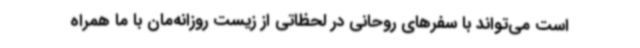
است می‌تواند با سفرهای روحانی در لحظاتی از زیست روزانه‌مان با ما همراه